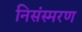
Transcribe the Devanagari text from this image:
निसंस्मरण